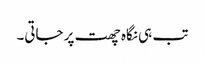
تب ہی نگاہ چھت پر جاتی۔